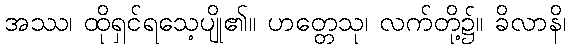
အဿ၊ ထိုရှင်ရသေ့ပျို၏။ ဟတ္တေသု၊ လက်တို့၌။ ခိလာနိ၊